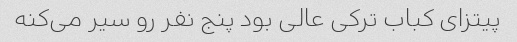
پیتزای کباب ترکی‌ عالی بود پنج نفر رو سیر می‌کنه